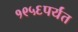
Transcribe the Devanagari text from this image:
१९५६पर्यंत